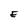
Character: E